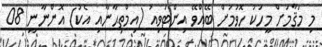
މި މަޤާމަށް މީހަކު ހޮވުމަށް ބޭއްވޭ އިންޓަވިއު (އިމްތިޙާނާއި އެކު) އޮންނާނީ 08